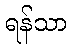
ရန်သာ